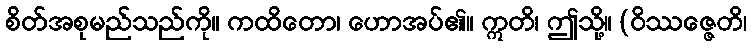
စိတ်အစုမည်သည်ကို။ ကထိတော၊ ဟောအပ်၏။ ဣတိ၊ ဤသို့။ (ဝိဿဇ္ဇေတိ၊